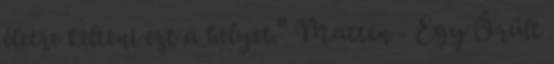
életre kelteni ezt a helyet." Matten - Egy Őrült